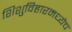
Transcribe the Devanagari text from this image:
शिशुविहारमध्येच